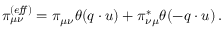
\pi _ { \mu \nu } ^ { ( e \! f \! \! f ) } = \pi _ { \mu \nu } \theta ( q \cdot u ) + \pi _ { \nu \mu } ^ { \ast } \theta ( - q \cdot u ) \, .